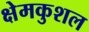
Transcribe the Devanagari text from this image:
क्षेमकुशल